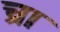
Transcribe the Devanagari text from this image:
च्रा